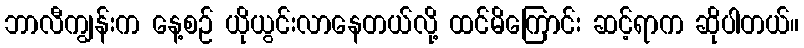
ဘာလီကျွန်းက နေ့စဉ် ယိုယွင်းလာနေတယ်လို့ ထင်မိကြောင်း ဆင့်ရာက ဆိုပါတယ်။